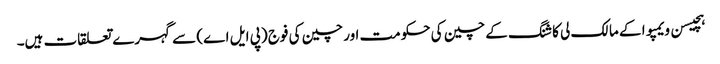
ہچیسن ویمپوا کے مالک لی کا شنگ کے چین کی حکومت اور چین کی فوج (پی ایل اے) سے گہرے تعلقات ہیں۔